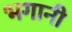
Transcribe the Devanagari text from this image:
भगानी